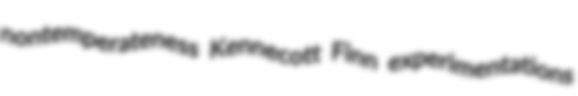
nontemperateness Kennecott Finn experimentations